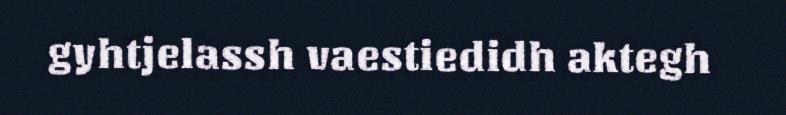
gyhtjelassh vaestiedidh aktegh